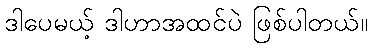
ဒါပေမယ့် ဒါဟာအထင်ပဲ ဖြစ်ပါတယ်။